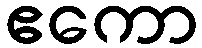
ဧကော